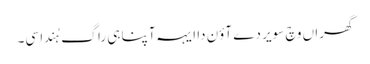
گھراں وچ سویر دے آؤن دا ایہہ آپنا ہی راگ ہُندا سی۔